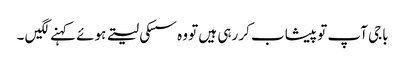
باجی آپ تو پیشاب کر رہی ہیں تو وہ سسکی لیتے ہوئے کہنے لگیں ۔